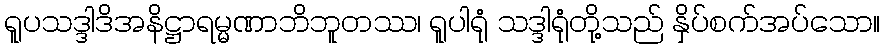
ရူပသဒ္ဒါဒိအနိဋ္ဌာရမ္မဏာဘိဘူတဿ၊ ရူပါရုံ သဒ္ဒါရုံတို့သည် နှိပ်စက်အပ်သော။